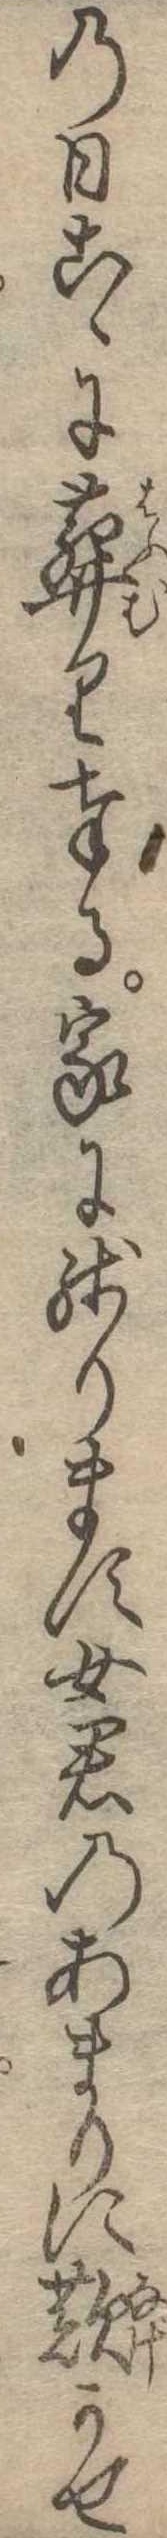
の日こゝに葬り奉る家に残ります女君のあまりに歎かせ